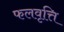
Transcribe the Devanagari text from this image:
फलवृत्ति